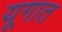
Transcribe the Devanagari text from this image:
यूगात